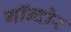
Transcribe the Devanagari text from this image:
गॉन्दोर